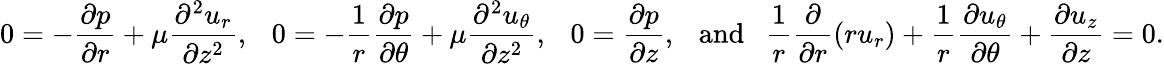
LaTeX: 0=-\frac{\partial p}{\partial r}+\mu\frac{\partial^{2}u_{r}}{\partial{z}^{2}},~~~0=-\frac{1}{r}\frac{\partial p}{\partial\theta}+\mu\frac{\partial^{2}u_{\theta}}{\partial{z}^{2}},~~~0=\frac{\partial p}{\partial z},~~~\mathrm{and}~~~\frac{1}{r}\frac{\partial}{\partial r}\left(ru_{r}\right)+\frac{1}{r}\frac{\partial u_{\theta}}{\partial\theta}+\frac{\partial u_{z}}{\partial z}=0.